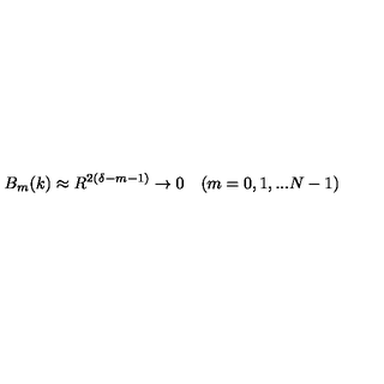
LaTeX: B _ { m } ( k ) \approx R ^ { 2 ( \delta - m - 1 ) } \to 0 \quad ( m = 0 , 1 , . . . N - 1 )